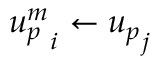
{ u _ { p } ^ { m } } _ { i } \gets { u _ { p } } _ { j }